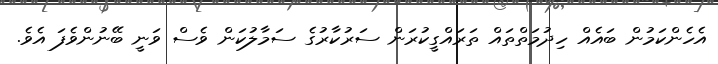
އެހެންކަމުން ބައެއް ހިދުމަތްތައް ތަރައްގީކުރަން ސަރުކާރުގެ ސަމާލުކަން ވެސް ވަނީ ބޭނުންވެފަ އެވެ.